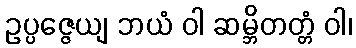
ဥပ္ပဇ္ဇေယျ ဘယံ ဝါ ဆမ္ဘိတတ္တံ ဝါ၊